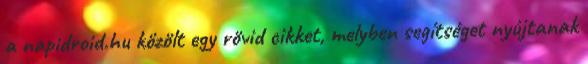
a napidroid.hu közölt egy rövid cikket, melyben segítséget nyújtanak